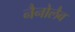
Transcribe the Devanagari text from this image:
नैनोलैब